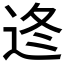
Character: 𨒟